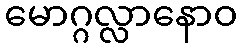
မောဂ္ဂလ္လာနောဝ